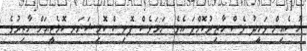
ހުސެއިން ވަހީދު ވެސް ހާޒިރުކޮށްފަ އެވެ. ނަމަވެސް ޕޮލިސް ކޮމިޝަނަރ ކޮމެޓީއަށް ހާޒިރުވެ